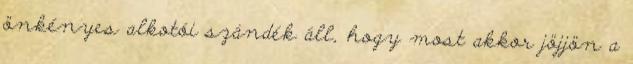
önkényes alkotói szándék áll, hogy most akkor jöjjön a